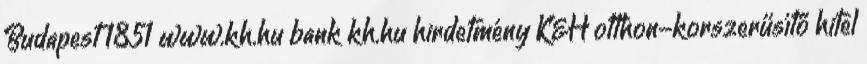
Budapest 1851 www.kh.hu bank kh.hu hirdetmény K&H otthon-korszerűsítő hitel